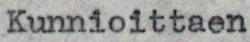
Kunnioittaen